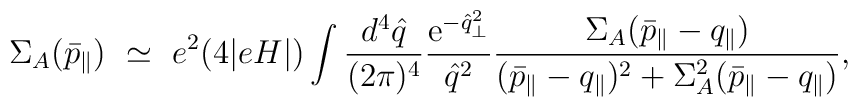
\Sigma_A(\bar{p}_\parallel) ~\simeq~e^2 (4 |eH|) \int \frac{d^4\hat{q}}{(2 \pi)^4} \frac{{\rm e}^{- \hat{q}_\perp^2}}{\hat{q}^2} \frac{\Sigma_A(\bar{p}_\parallel-q_\parallel)}{(\bar{p}_\parallel - q_\parallel)^2 + \Sigma_A^2(\bar{p}_\parallel-q_\parallel)},